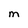
Character: M